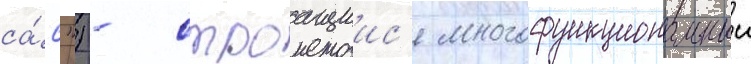
са́с") - строащиис'я многофункциональныи